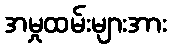
အမှုထမ်းများအား